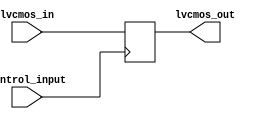
module lvcmos_io_buffer (
    input lvcmos_in,
    output lvcmos_out,
    input control_input
);

// Define internal signals and variables
reg internal_signal;

// Define voltage level translation logic
always @ (posedge control_input) begin
    if (control_input == 1'b1) begin
        internal_signal <= lvcmos_in;
    end else begin
        internal_signal <= ~lvcmos_out;
    end
end

// Assign output signal based on internal signal
assign lvcmos_out = internal_signal;

endmodule